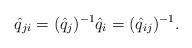
LaTeX: \begin{align*} \hat q_{ji} = (\hat q_j)^{-1}\hat q_i = (\hat q_{ij})^{-1}.\end{align*}